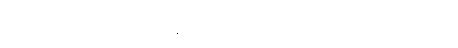
လေဆိပ်အထိ တက္ကစီနဲ့ ဘယ်လောက်လောက်ကြာပါသလဲ။